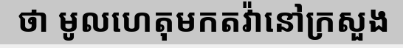
ថា មូលហេតុមកតវ៉ានៅក្រសួង